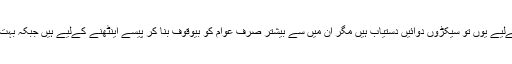
زائد وزنی اور موٹاپے سے چھٹکارا پانے کےلیے یوں تو سیکڑوں دوائیں دستیاب ہیں مگر ان میں سے بیشتر صرف عوام کو بیوقوف بنا کر پیسے اینٹھنے کےلیے ہیں جبکہ بہت کم دواؤں کے نہایت محدود اثرات ہوتے ہیں۔